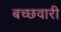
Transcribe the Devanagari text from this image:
बच्छवारी